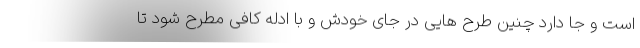
است و جا دارد چنین طرح هایی در جای خودش و با ادله کافی مطرح شود تا